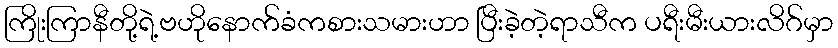
ကြိုးကြာနီတို့ရဲ့ဗဟိုနောက်ခံကစားသမားဟာ ပြီးခဲ့တဲ့ရာသီက ပရီးမီးယားလိဂ်မှာ